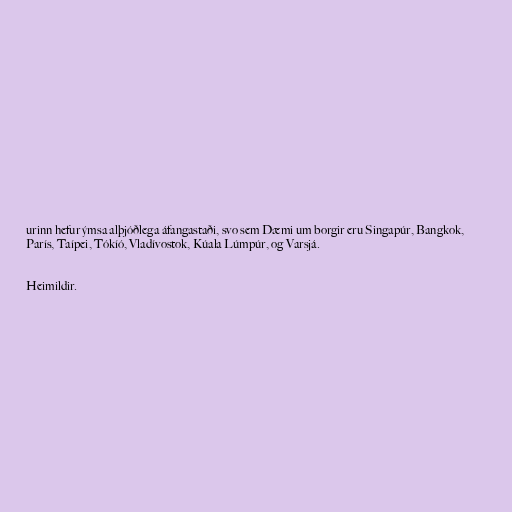
urinn hefur ýmsa alþjóðlega áfangastaði, svo sem Dæmi um borgir eru Singapúr, Bangkok,
París, Taípei, Tókíó, Vladívostok, Kúala Lúmpúr, og Varsjá.

Heimildir.